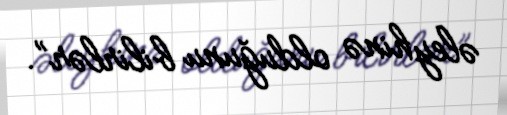
əleyhinə olduğunu bilirlər”.